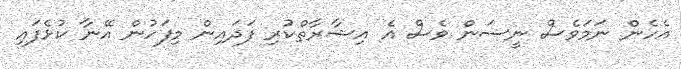
އެހެން ނަމަވެސް ނީސަން ވެސް އެ އިޝާރާތްކުރި ފަދައިން މިފަހުން އޭނާ ކުޅެފައި